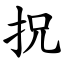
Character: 拀